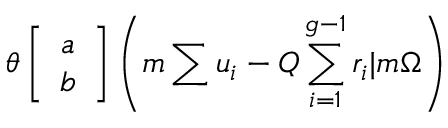
\theta \left[ \begin{array} { c } { { a } } \\ { { b } } \end{array} \right] \left( m \sum u _ { i } - Q \sum _ { i = 1 } ^ { g - 1 } r _ { i } | m \Omega \right)